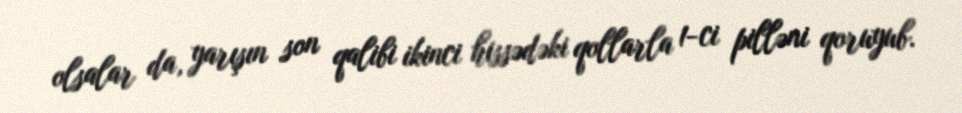
olsalar da, yarışın son qalibi ikinci hissədəki qollarla 1-ci pilləni qoruyub.